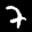
Label: 7